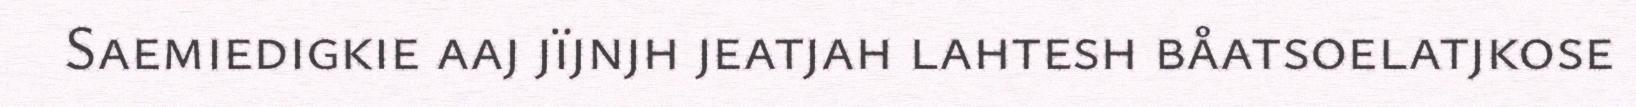
Saemiedigkie aaj jïjnjh jeatjah lahtesh båatsoelatjkose